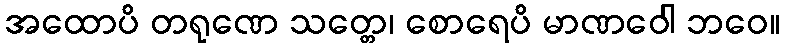
အထောပိ တရုဏေ သတ္တေ၊ စောရေပိ မာဏဝေါ ဘဝေ။